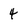
Character: 4